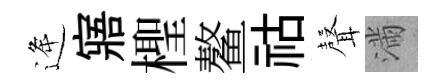
逄寤檉鳌祜𮋻滿